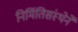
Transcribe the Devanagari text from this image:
निर्मितिसंस्थेने